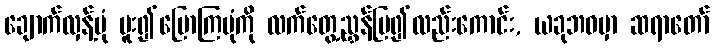
ချောက်လှန့်ပုံ ပူး၍ပြောကြပုံကို လက်တွေ့ညွှန်ပြ၍လည်းကောင်း, ယခုဘဝမှာ ဆရာတော်